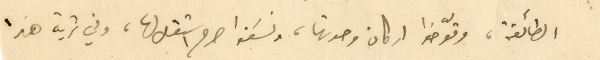
الطائفة، وقوّضوا اركان وحدتها، ونسَفوا صرح استقلالها، وفي ثرية هذا